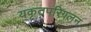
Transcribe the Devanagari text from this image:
यकृतपरिगलन